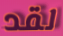
لقد